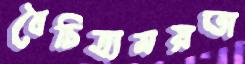
বৈচিত্র্যময়তা